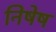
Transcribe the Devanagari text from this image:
निषेष